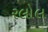
રલોલ